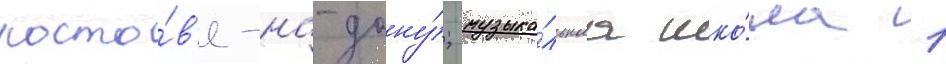
росто́в'е-на-дону́; музыка́льнаа шко́ла 1